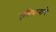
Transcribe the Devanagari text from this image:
एसियानाणे